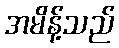
အမိန့်သည်